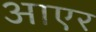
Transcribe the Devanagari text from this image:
आएर